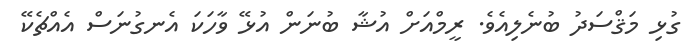
ގުޅި މަޤްސަދު ބުނެލިއެވެ. ރީމްއަށް އުޝާ ބުނަން އުޅޭ ވާހަކަ އެނގުނަސް އެއްޗެކޭ